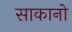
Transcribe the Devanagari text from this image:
साकानो